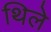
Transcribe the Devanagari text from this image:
थिले